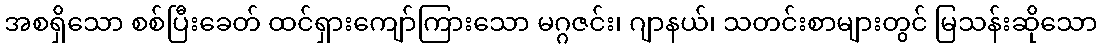
အစရှိသော စစ်ပြီးခေတ် ထင်ရှားကျော်ကြားသော မဂ္ဂဇင်း၊ ဂျာနယ်၊ သတင်းစာများတွင် မြသန်းဆိုသော